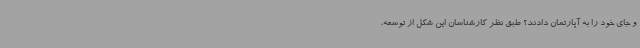
و جای خود را به آپارتمان دادند؟ طبق نظر کارشناسان این شکل از توسعه،